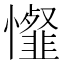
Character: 𢤯